Malaria in the Punjab - Number 46
Disease focus: Malaria
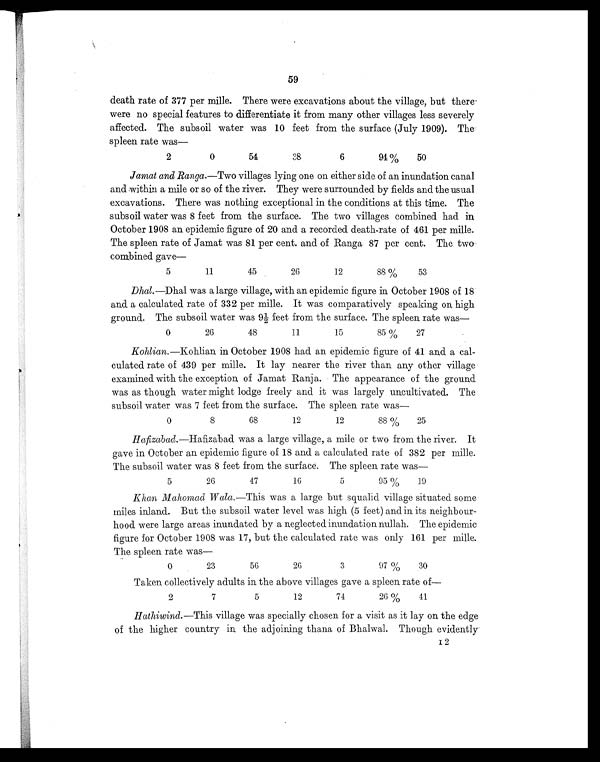
59
death rate of 377 per mille. There were excavations about the village, but there
were no special features to differentiate it from many other villages less severely
affected. The subsoil water was 10 feet from the surface (July 1909). The
spleen rate was
—
2
0
54
38
6
94%
50
Jamat and Ranga. —Two villages lying one on either side of an inundation canal
and within a mile or so of the river. They were surrounded by fields and the usual
excavations. There was nothing exceptional in the conditions at this time. The
subsoil water was 8 feet from the surface. The two villages combined had in
October 1908 an epidemic figure of 20 and a recorded death-rate of 461 per mille.
The spleen rate of Jamat was 81 per cent. and of Ranga 87 per cent. The two
combined gave—
5
11
45
26
12
88 %
53
Dhal. —Dhal was a large village, with an epidemic figure in October 1908 of 18
and a calculated rate of 332 per mille. It was comparatively speaking on high
ground. The subsoil water was 9½ feet from the surface. The spleen rate was
—
0
26
48
11
15
85 %
27
Kohlian. —Kohlian in October 1908 had an epidemic figure of 41 and a cal-
culated rate of 439 per mille. It lay nearer the river than any other village
examined with the exception of Jamat Ranja. The appearance of the ground
was as though water might lodge freely and it was largely uncultivated. The
subsoil water was 7 feet from the surface. The spleen rate was
—
0
8
68
12
12
88 %
25
Hafizabad. —Hafizabad was a large village, a mile or two from the river. It
gave in October an epidemic figure of 18 and a calculated rate of 382 per mille.
The subsoil water was 8 feet from the surface. The spleen rate was
—
5
26
47
16
5
95 %
19
Khan Mahomad Wala. —This was a large but squalid village situated some
miles inland. But the subsoil water level was high (5 feet) and in its neighbour-
hood were large areas inundated by a neglected inundation nullah. The epidemic
figure for October 1908 was 17, but the calculated rate was only 161 per mille.
The spleen rate was
—
0
23
56
26
3
97 %
30
Taken collectively adults in the above villages gave a spleen rate of
—
2
7
5
12
74
26 %
41
Hathiwind. —This village was specially chosen for a visit as it lay on the edge
of the higher country in the adjoining thana of Bhalwal. Though evidently
I 2